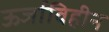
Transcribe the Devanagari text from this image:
ऊर्जाविहीन